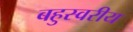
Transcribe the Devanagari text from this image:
बहुस्वरीय